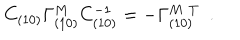
C _ { ( 1 0 ) } \Gamma _ { ( 1 0 ) } ^ { M } C _ { ( 1 0 ) } ^ { - 1 } = - \Gamma _ { ( 1 0 ) } ^ { { M } \, \, T } ~ ~ .